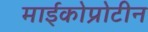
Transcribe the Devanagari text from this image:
माईकोप्रोटीन